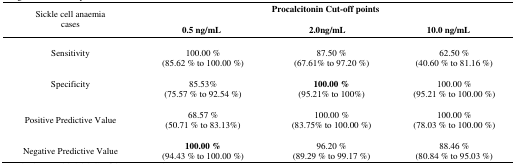
<table><thead><tr><td rowspan="2"><b>Sickle cell anaemia cases</b></td><td colspan="3"><b>Procalcitonin Cut-off points</b></td></tr><tr><td><b>0.5 ng/mL</b></td><td><b>2.0ng/mL</b></td><td><b>10.0 ng/mL</b></td></tr></thead><tbody><tr><td>Sensitivity</td><td>100.00 % (85.62 % to 100.00 %)</td><td>87.50 % (67.61% to 97.20 %)</td><td>62.50 % (40.60 % to 81.16 %)</td></tr><tr><td>Specificity</td><td>85.53% (75.57 % to 92.54 %)</td><td><b>100.00 %</b> (95.21% to 100%)</td><td>100.00 % (95.21 % to 100.00 %)</td></tr><tr><td>Positive Predictive Value</td><td>68.57 % (50.71 % to 83.13%)</td><td>100.00 % (83.75% to 100.00 %)</td><td>100.00 % (78.03 % to 100.00 %)</td></tr><tr><td>Negative Predictive Value</td><td><b>100.00 %</b> (94.43 % to 100.00 %)</td><td>96.20 % (89.29 % to 99.17 %)</td><td>88.46 % (80.84 % to 95.03 %)</td></tr></tbody></table>